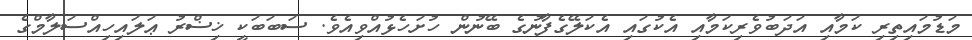
މަޑުމައިތިރި ކަމާއި އަދަބުވެރިކަމާއި އެކުގައި އެކަލޭގެފާނުގެ ބޭނުން ހުށަހެޅުއްވިއެވެ. ސަބަބަކީ ޚިޟްރު ޢަލައިހިއްސަލާމްގެ